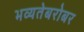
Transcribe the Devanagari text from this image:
भव्यतेबरोबर